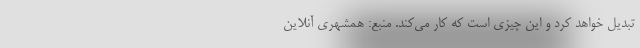
تبدیل خواهد کرد و این چیزی است که کار می‌کند. منبع: همشهری آنلاین